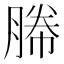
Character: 幐